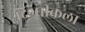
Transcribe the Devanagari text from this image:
दिग्घीकला